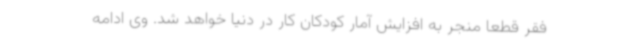
فقر قطعا منجر به افزایش آمار کودکان کار در دنیا خواهد شد. وی ادامه